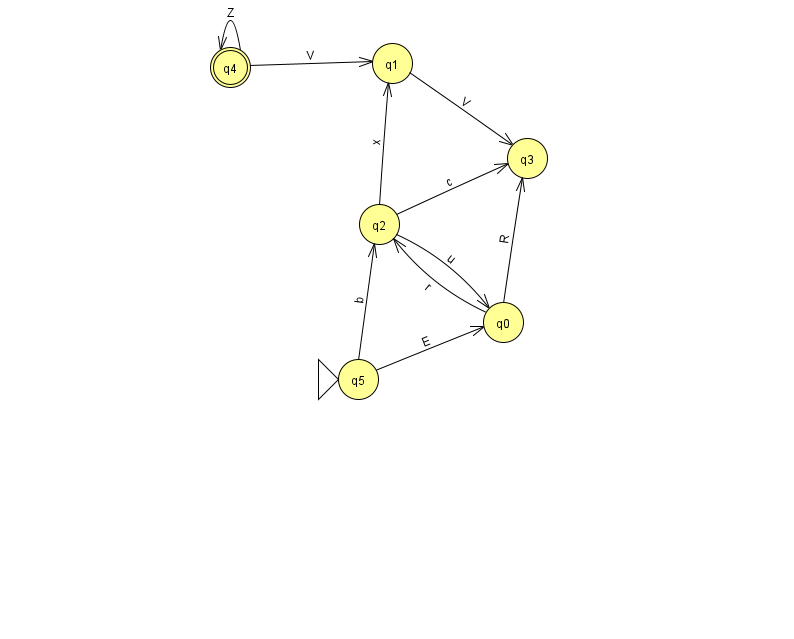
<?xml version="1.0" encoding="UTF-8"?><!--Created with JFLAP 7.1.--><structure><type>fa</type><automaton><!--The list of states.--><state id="0" name="q0"><x>503.0</x><y>309.0</y></state><state id="1" name="q1"><x>392.0</x><y>50.0</y></state><state id="2" name="q2"><x>379.0</x><y>211.0</y></state><state id="3" name="q3"><x>527.0</x><y>145.0</y></state><state id="4" name="q4"><x>230.0</x><y>54.0</y><final/></state><state id="5" name="q5"><x>358.0</x><y>366.0</y><initial/></state><!--The list of transitions.--><transition><from>1</from><to>3</to><read>V</read></transition><transition><from>5</from><to>2</to><read>b</read></transition><transition><from>2</from><to>3</to><read>c</read></transition><transition><from>0</from><to>2</to><read>r</read></transition><transition><from>4</from><to>1</to><read>V</read></transition><transition><from>4</from><to>4</to><read>Z</read></transition><transition><from>5</from><to>0</to><read>E</read></transition><transition><from>0</from><to>3</to><read>R</read></transition><transition><from>2</from><to>0</to><read>u</read></transition><transition><from>2</from><to>1</to><read>x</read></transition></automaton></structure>